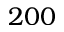
2 0 0